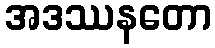
အဒဿနတော